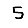
Digit: 5